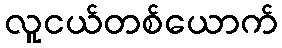
လူငယ်တစ်ယောက်